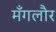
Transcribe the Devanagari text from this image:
मँगलौर